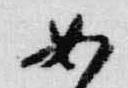
如